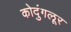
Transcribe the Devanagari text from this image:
कोदुंगलूर